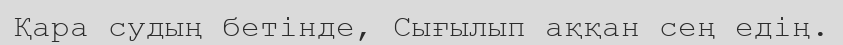
Қара судың бетінде, Сығылып аққан сең едің.